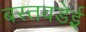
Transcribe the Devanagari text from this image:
बस्तवडेई